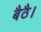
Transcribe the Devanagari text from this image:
बैठै।